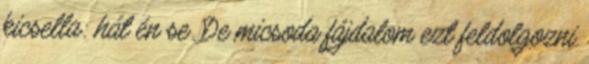
kicsella: hát én se. De micsoda fájdalom ezt feldolgozni